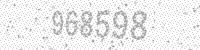
Solution: 968598